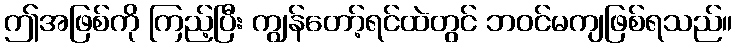
ဤအဖြစ်ကို ကြည့်ပြီး ကျွန်တော့်ရင်ထဲတွင် ဘဝင်မကျဖြစ်ရသည်။